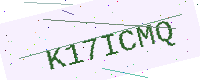
Text: K17ICMQ